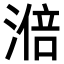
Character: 𣻃